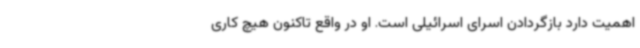
اهمیت دارد بازگردادن اسرای اسرائیلی است. او در واقع تاکنون هیچ کاری